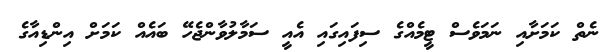
ނެތް ކަމަށާއި ނަމަވެސް ޓީމެއްގެ ސިފައިގައި އެއީ ސަމާލުވާންޖެހޭ ބައެއް ކަމަށް އިންޑިއާގެ